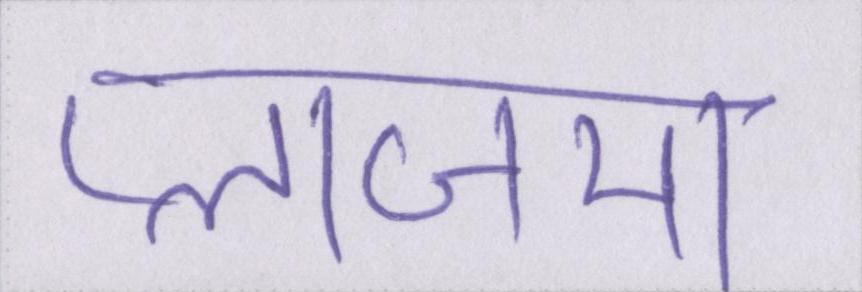
प्लाजमा